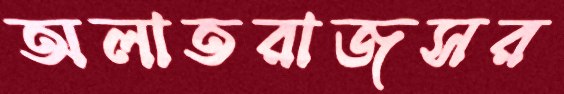
অলাতরাজসর